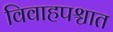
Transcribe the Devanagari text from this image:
विवाहपश्चात